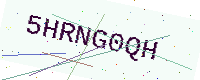
Text: 5HRNG0QH